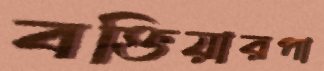
বক্তিয়ারপা